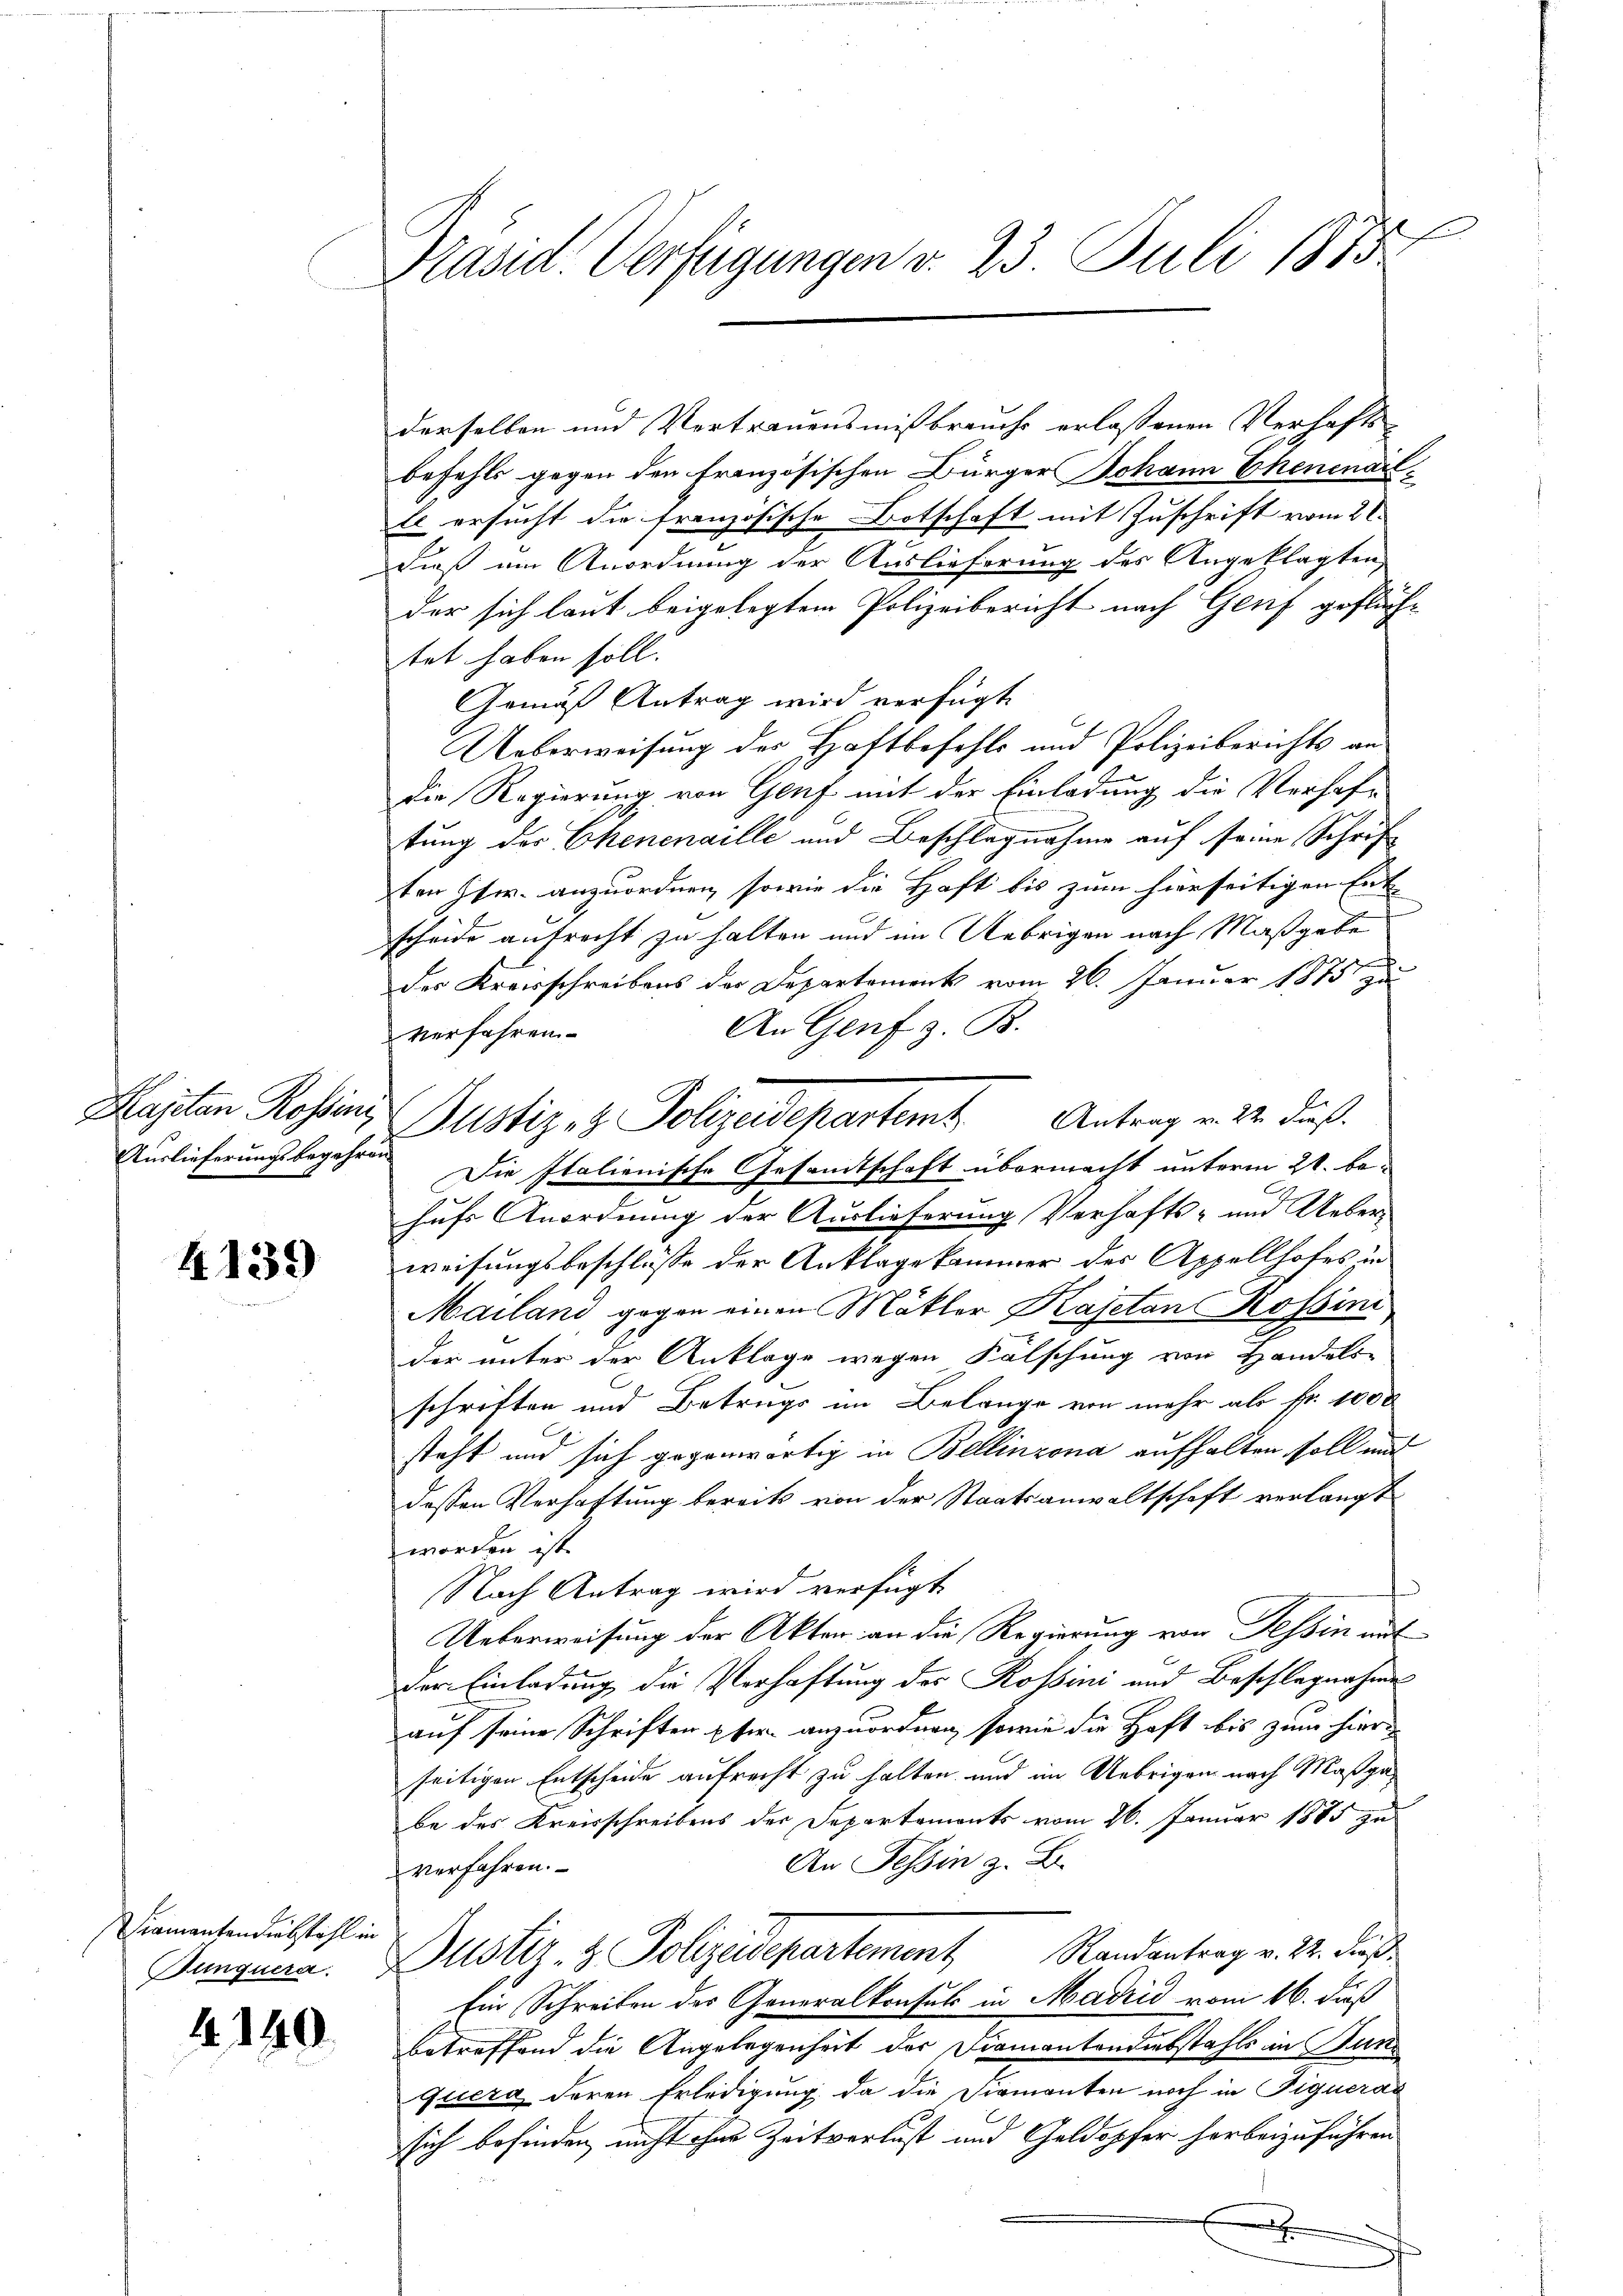
4139

iamantendiebstahl in
Bunquera.

1. 140.

F
Präsid. Verfügungen d. 23. Juli 1873

derselben und Vertrauensmißbrauchs erlassenen Verhafts-
befehls gegen den französischen Bürger Johann Eheninärle ersucht die französische Botschaft mit Zuschrift vom 2te
Dieß um Anordnung der Auslieferung des Angeklagten,
der sich laut beigelegtem Polizeibericht nach Genf geflüch-
tet haben soll.
Gemäß Antrag wird verfügt
Ueberweisung der Haftbefehls und Polizeiberichts an
die Regierung von Genf mit der Einladung die Verhaftung des Chenenaille und Beschlagnahme auf seine Schrif
ten Pfr. anzuordnen, sowie die Haft bis zum hierseitigen Ent-
scheide aufrecht zu halten und im Uebrigen nach Maßgabe
der Kreisschreibens der Departement vom 26. Januar 1875 zu
An Genf z. B.
verfahren.
Auslieferungsbegehren Die Italienische Gesamtschaft übermacht unterm 21. behufs Anordnung der Auslieferung Verhafts- und Ueber
weisungsbeschlüsse der Anklage kammer des Appellhofes in
Mailand gegen einen Mäkler Kajetan Rossini
der unter der Anklage wegen Fälschung von Handels-
schriften und Betrugs im Belange von mehr als Fr. 1000
steht und sich gegenwärtig in Bellinzona aufhalten soll mit
dessen Verhaftung bereits von der Staatsanwaltschaft verlangt
worden ist.
Nach Antrag wird verfügt
Ueberweisung der Akten an die Regierung von Tessin mit
der Einladung die Verhaftung des Rossini und Beschlagnahme
auf seine Schriften pfer anzuordnen, sowie die Haft bis zum hierseitigen Entscheide aufrecht zu halten, und im Uebrigen nach Maßgabe des Kreisschreibens der Departaments vom 26. Januar 1885 zu
An Tessin z. B.
verfahren.
Dustiz- & Polizeidepartement Randantrag v. 21. dies
Ein Schreiben des Generalkonsul in Madrid vom 16. daß
betreffend die Angelegenheit der Diamantendiebstahls in Bunquera deren Erledigung da die Firmanten noch in Figueras
sich befinden nicht ohne Zeitverlust und Geldopfer herbeizuführen
.

Kasten Rossen, Justiz- & Polizeidepartem Antrag v. 22. dieß.